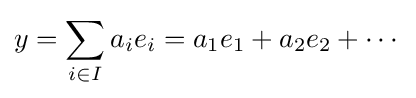
y=\sum _{i\in I}a_{i}e_{i}=a_{1}e_{1}+a_{2}e_{2}+\cdots